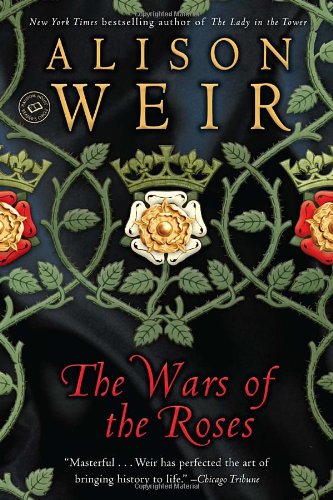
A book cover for The Wars of the Roses; Alison Weir; Biographies & Memoirs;